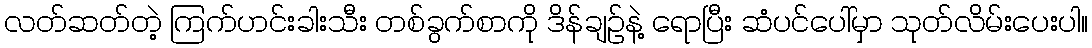
လတ်ဆတ်တဲ့ ကြက်ဟင်းခါးသီး တစ်ခွက်စာကို ဒိန်ချဉ်နဲ့ ရောပြီး ဆံပင်ပေါ်မှာ သုတ်လိမ်းပေးပါ။